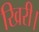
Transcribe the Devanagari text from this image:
खिरी।